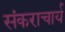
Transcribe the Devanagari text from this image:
संकराचार्य